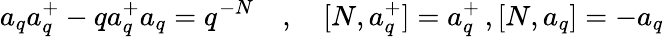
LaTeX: a_{q}a_{q}^{+}-qa_{q}^{+}a_{q}=q^{-N}\quad,\quad[N,a_{q}^{+}]=a_{q}^{+}\, ,[N,a_{q}]=-a_{q}